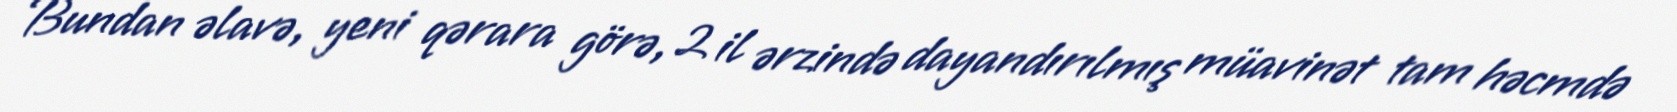
Bundan əlavə, yeni qərara görə, 2 il ərzində dayandırılmış müavinət tam həcmdə